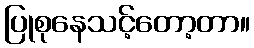
ပြုစုနေသင့်တော့တာ။